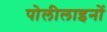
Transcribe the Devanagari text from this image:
पोलीलाइनों